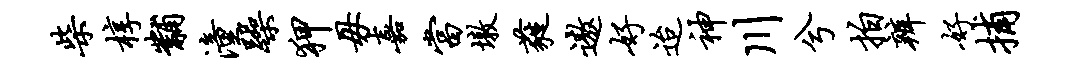
柴椁黼潼躁狎毋嘉当墩蕤遨好迨神川兮拍辨好捕